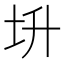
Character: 𡉧